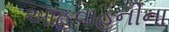
આહવાહનીના